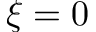
\xi = 0